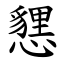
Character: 㦟